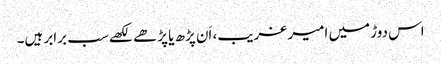
اس دوڑ میں امیر غریب، اَن پڑھ یا پڑھے لکھے سب برابر ہیں۔